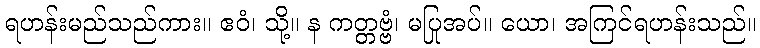
ရဟန်းမည်သည်ကား။ ဧဝံ၊ သို့။ န ကတ္တဗ္ဗံ၊ မပြုအပ်။ ယော၊ အကြင်ရဟန်းသည်။